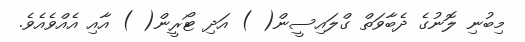
މިބުނި ލޮނުގެ ދެބާވަތް ގްލައިސީން( ) އަދި ޓޯރީން( ) އާއި އެއްވެއެވެ.